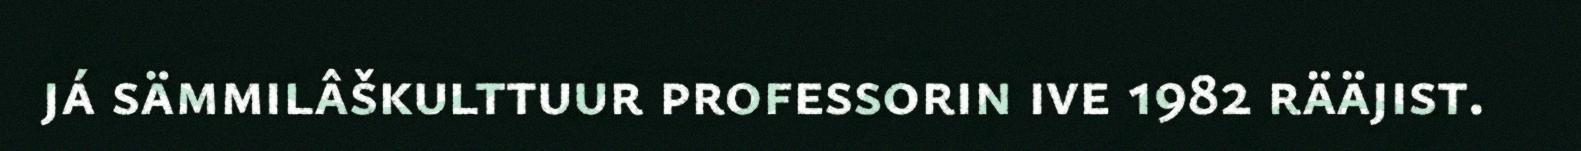
já sämmilâškulttuur professorin ive 1982 rääjist.